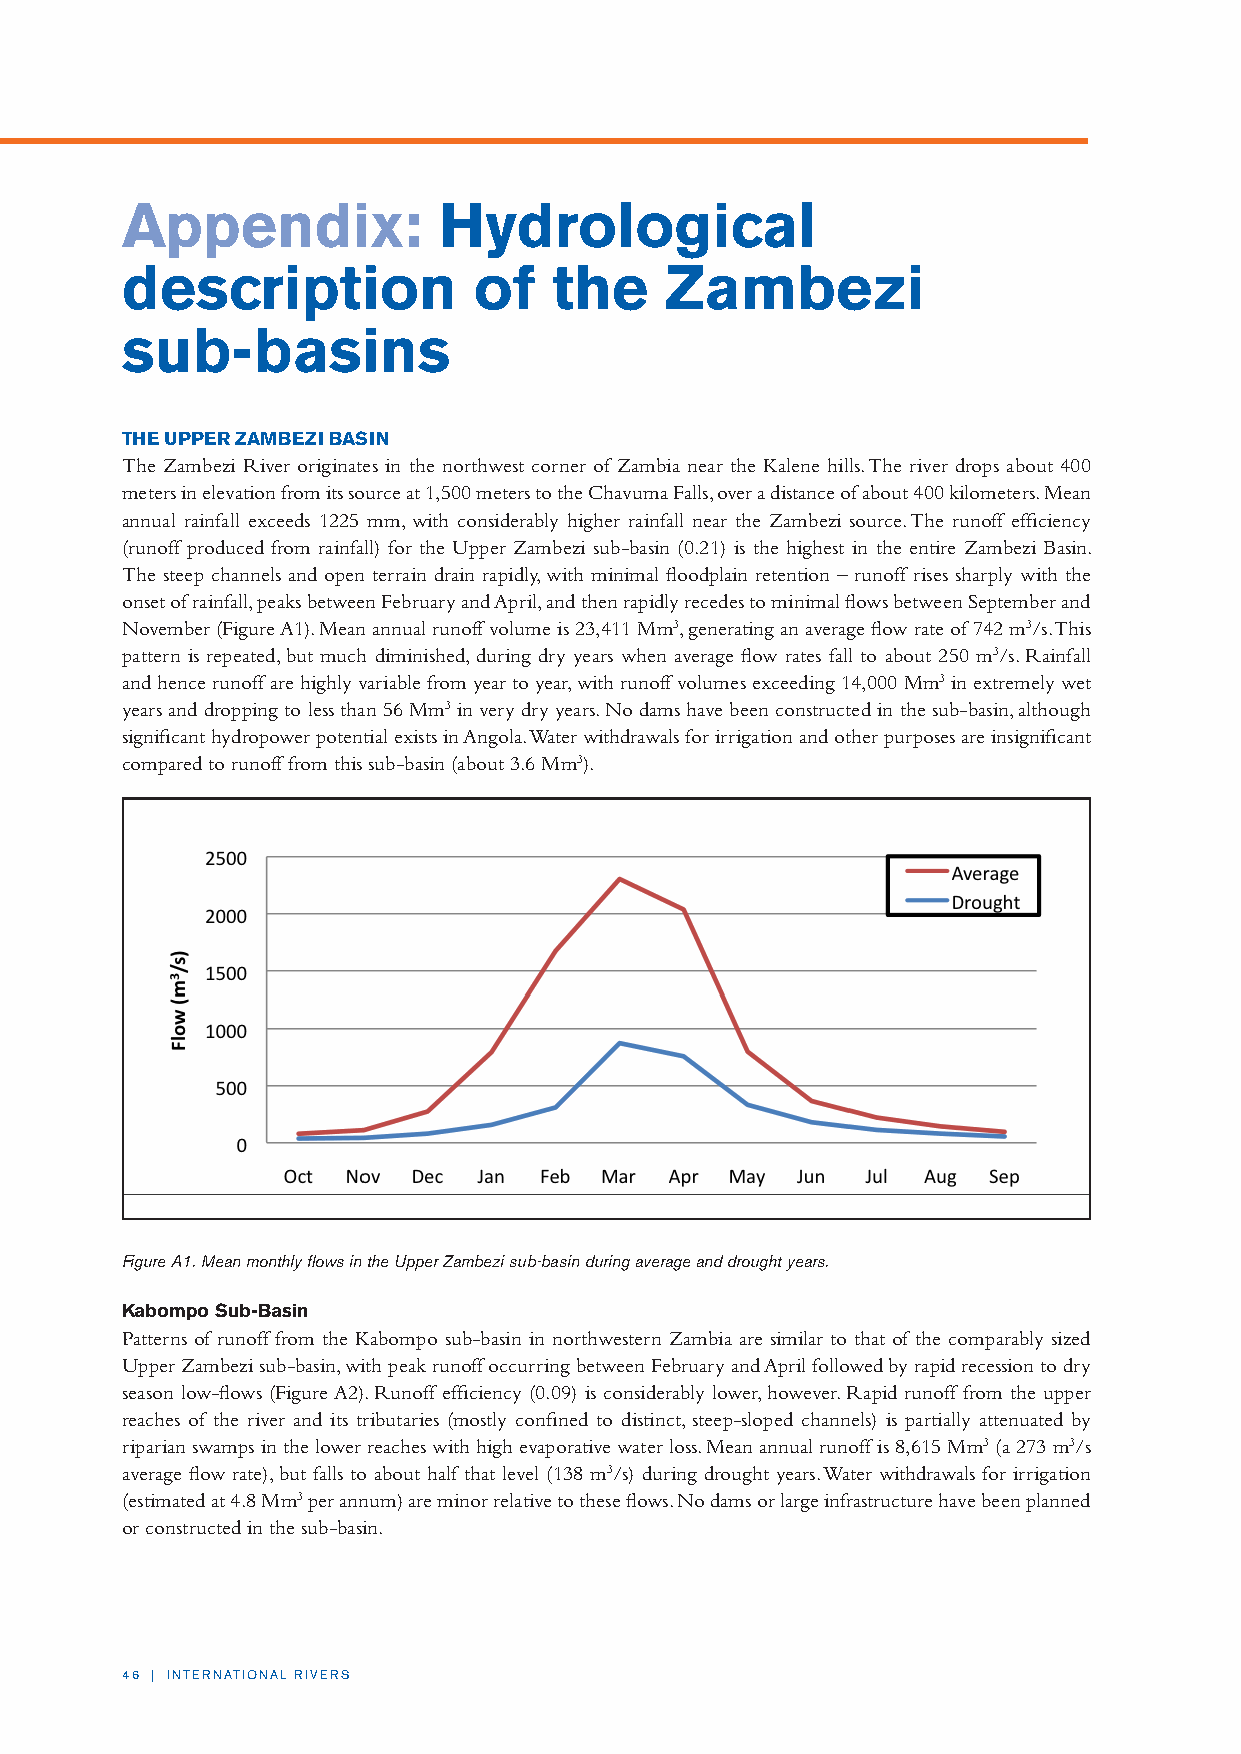
Appendix:            Hydrological
 description            of    the    Zambezi
 sub-basins
 THE UPPER ZAMBEZI BASIN
 The Zambezi River originates in the northwest corner of Zambia near the Kalene hills. The river drops about 400
 meters in elevation from its source at 1,500 meters to the Chavuma Falls, over a distance of about 400 kilometers. Mean
 annual rainfall exceeds 1225 mm, with considerably higher rainfall near the Zambezi source. The runoff efficiency
 (runoff produced from rainfall) for the Upper Zambezi sub-basin (0.21) is the highest in the entire Zambezi Basin.
 The steep channels and open terrain drain rapidly, with minimal floodplain retention – runoff rises sharply with the
 onset of rainfall, peaks between February and April, and then rapidly recedes to minimal flows between September and
 November (Figure A1). Mean annual runoff volume is 23,411 Mm3, generating an average flow rate of 742 m3/s. This
 pattern is repeated, but much diminished, during dry years when average flow rates fall to about 250 m3/s. Rainfall
 and hence runoff are highly variable from year to year, with runoff volumes exceeding 14,000 Mm3 in extremely wet
 years and dropping to less than 56 Mm3 in very dry years. No dams have been constructed in the sub-basin, although
 significant hydropower potential exists in Angola. Water withdrawals for irrigation and other purposes are insignificant
 compared to runoff from this sub-basin (about 3.6 Mm3).
 Figure A1. Mean monthly flows in the Upper Zambezi sub-basin during average and drought years.
 Kabompo Sub-Basin
 Patterns of runoff from the Kabompo sub-basin in northwestern Zambia are similar to that of the comparably sized
 Upper Zambezi sub-basin, with peak runoff occurring between February and April followed by rapid recession to dry
 season low-flows (Figure A2). Runoff efficiency (0.09) is considerably lower, however. Rapid runoff from the upper
 reaches of the river and its tributaries (mostly confined to distinct, steep-sloped channels) is partially attenuated by
 riparian swamps in the lower reaches with high evaporative water loss. Mean annual runoff is 8,615 Mm3 (a 273 m3/s
 average flow rate), but falls to about half that level (138 m3/s) during drought years. Water withdrawals for irrigation
 (estimated at 4.8 Mm3 per annum) are minor relative to these flows. No dams or large infrastructure have been planned
 or constructed in the sub-basin.
 46 | INTERNATIONAL RIVERS